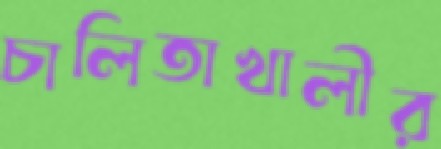
চালিতাখালীর